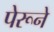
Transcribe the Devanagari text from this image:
पेरूने